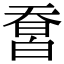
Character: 𤾄